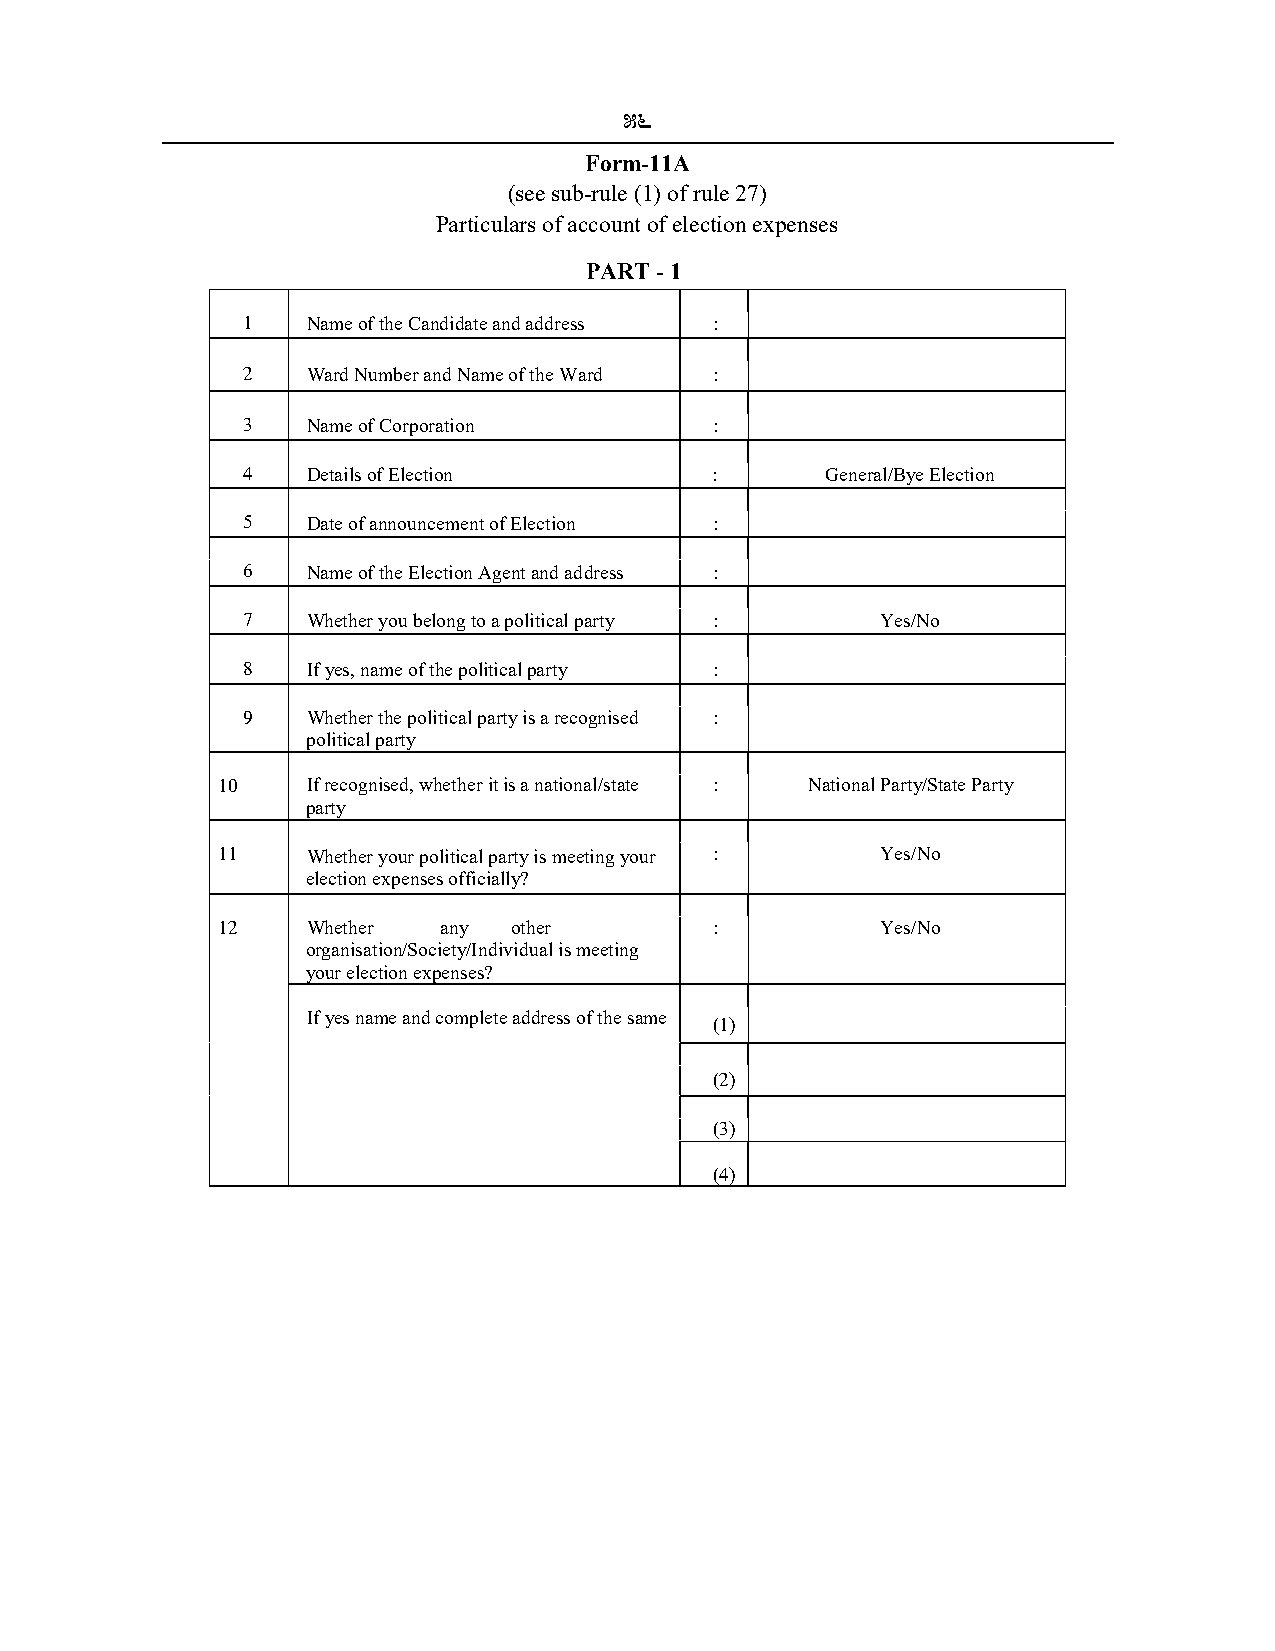
56
 Form-11A
 (see sub-rule (1) of rule 27)
 Particulars of account of election expenses
 PART - 1
 1   Name of the Candidate and address :
 2   Ward Number and Name of the Ward :
 3   Name of Corporation        :
 4   Details of Election        :       General/Bye Election
 5   Date of announcement of Election :
 6   Name of the Election Agent and address :
 7   Whether you belong to a political party : Yes/No
 8   If yes, name of the political party :
 9   Whether the political party is a recognised :
 political party
 10    If recognised, whether it is a national/state : National Party/State Party
 party
 11    Whether your political party is meeting your : Yes/No
 election expenses officially?
 12    Whether  any  other        :          Yes/No
 organisation/Society/Individual is meeting
 your election expenses?
 If yes name and complete address of the same
 (1)
 (2)
 (3)
 (4)